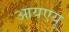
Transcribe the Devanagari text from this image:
आयएयू